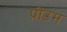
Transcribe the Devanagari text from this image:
प्रीटम